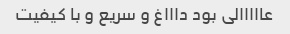
عااااالی بود داااغ و سریع و با کیفیت